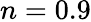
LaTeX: n=0.9